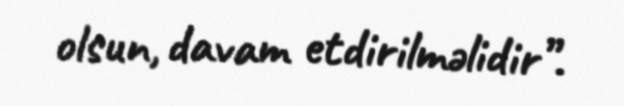
olsun, davam etdirilməlidir”.